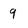
Character: 9